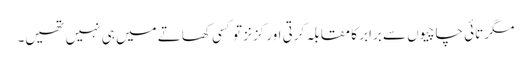
مگر تائی چاچیوں سے برابر کا مقابلہ کرتی اور کزنز تو کسی کھاتے میں ہی نہیں تھیں۔